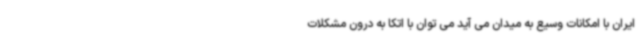
ایران با امکانات وسیع به میدان می آید می توان با اتکا به درون مشکلات